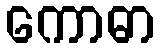
ကောဓာ